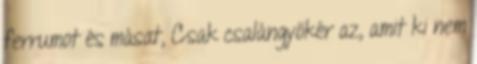
ferrumot és másat, Csak csalángyökér az, amit ki nem